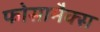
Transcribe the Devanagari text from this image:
फोसामैक्स